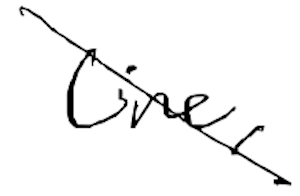
Text: line,
Cross-out: diagonal
Writing tool: digital_black